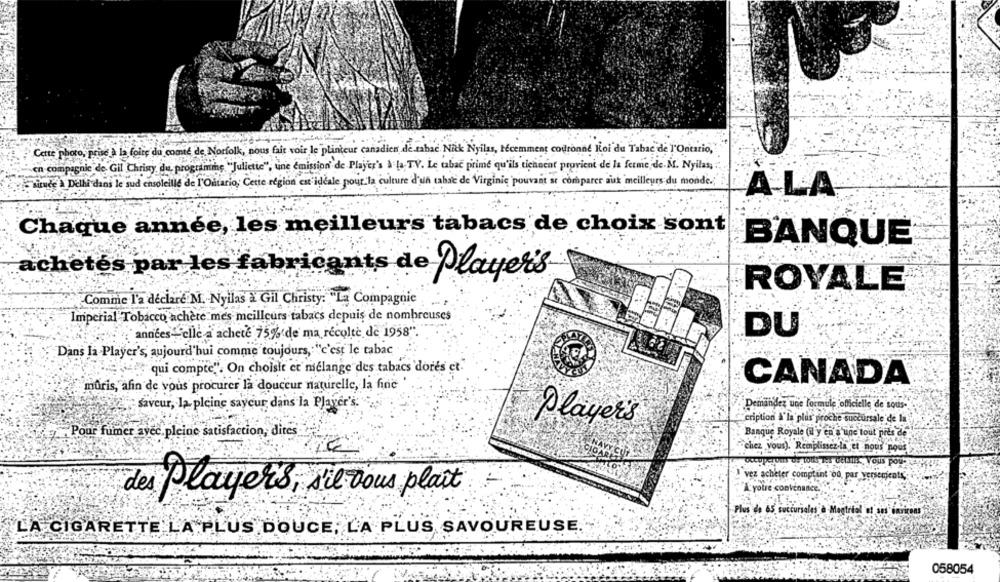
Cette photo, prise à la foire du comte de Norfolk, nous fait voir le plinteur canadien de tabac. Nick Nyilas, récemment couronne loi du Tabac de l'Ontario,
en compagnie de Gil Christy, du, programing "Juliette", une emission de Player's à la TV. Le tabac prime qu'ils tiennent provient de la ferme de.M. Nyilas;
situce ) Delhi dans le sud ensoleille de l'Ontario, Cette region est idéale pour la culture d'un tabac de Virginie pouvant se comparer auk meilleurs du monde .;
A LA
Chaque année, les meilleurs tabacs de choix sont
BANQUE
achetés par les fabricants de Players
ROYALE
Comme l'a déclaré M. Nyilas a Gil Christy: La Compagnie
- :
Imperial Tobacco achète mes meilleurs tabacs depuis de nombreuses
DU
années- elle a acheté 75% de ma récolte de 1958".
Dans la Player's, aujourd'hui comme toujours, "c'est le tabac
is "qui compte". On choisit et mélange des tabacs dores et.
CANADA
muris, afin de vous procurer la douceur naturelle, la fine
saveur, la pleine saycur dans la Player's:
Demandez une formule officielle de sous-
cription A'la plus proche succursale de la
Player's
Pour fumer avec.pleine satisfaction, dites
Banque Royale (il y en a une tout pits de
chez Vous). Remplissez-la et nous nous
pero
vez acheter comptant od par versements
Ayotre convenance.
des Players, s'il vous plaît
Plus de 65 succursales à Megtriol af sus invitons
LA CIGARETTE LA PLUS DOUCE, LA PLUS SAVOUREUSE.
058054